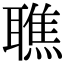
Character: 𦗠